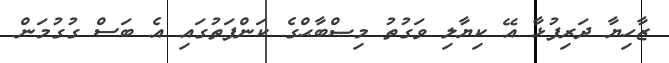
ޒާހިޔާ ދަރިފުޅާ އޭ ކިޔާލި ވަގުތު މިޞްބާޙްގެ ކަންފަތުގައި އެ ބަސް ގުގުމަން